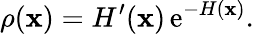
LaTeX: \rho(\mathbf{x})=H^{\prime}(\mathbf{x})\, \mathrm{{e}}^{-H(\mathbf{x})}.